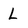
Character: L